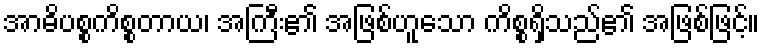
အာဓိပစ္စကိစ္စတာယ၊ အကြီး၏ အဖြစ်ဟူသော ကိစ္စရှိသည်၏ အဖြစ်ဖြင့်။